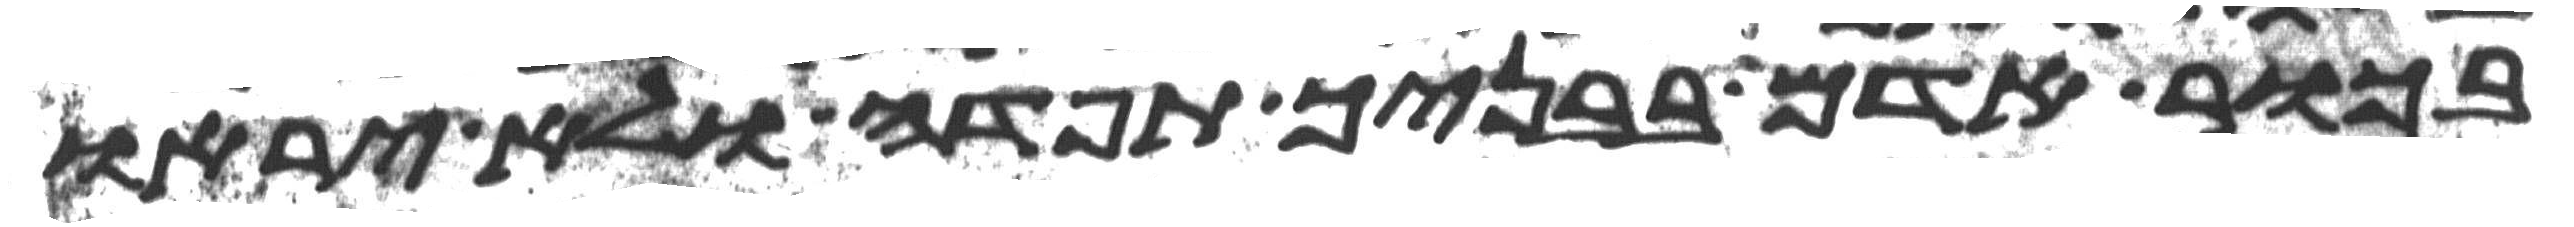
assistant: בכור אדם בבניך תפדה ולא יראו